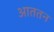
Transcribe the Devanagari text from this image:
आततन